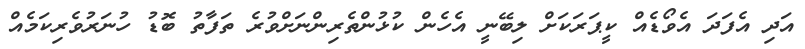
އަދި އެފަދަ އެވޯޑެއް ކީޕަރަކަށް ލިބޭނީ އެހެން ކުޅުންތެރިންނަށްވުރެ ތަފާތު ބޮޑު ހުނަރުވެރިކަމެއް